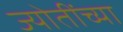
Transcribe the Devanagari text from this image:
ज्योतींच्या